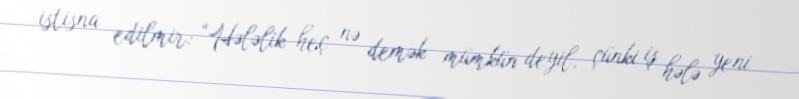
istisna edilmir: “Hələlik heç nə demək mümkün deyil, çünki iş hələ yeni